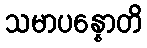
သမာပန္နောတိ